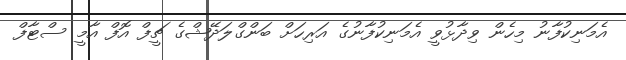
އެމަނިކުފާނު މިހެން ވިދާޅުވީ އެމަނިކުފާނުގެ އަރިހަށް ބަންގްލަދޭޝްގެ ޗީފް އޮފް އާމީ ސްޓާފް